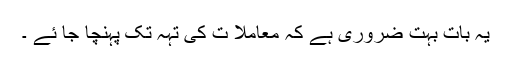
یہ بات بہت ضروری ہے کہ معاملا ت کی تہہ تک پہنچا جا ئے ۔